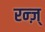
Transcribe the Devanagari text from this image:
रन्ज़्